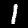
Label: 1